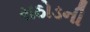
રાઠોડની